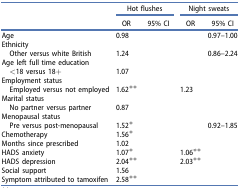
<table><thead><tr><td>[EMPTY_CELL]</td><td colspan="2"><b>Hot flushes</b></td><td colspan="2"><b>Night sweats</b></td></tr><tr><td>[EMPTY_CELL]</td><td><b>OR</b></td><td><b>95% CI</b></td><td><b>OR</b></td><td><b>95% CI</b></td></tr></thead><tbody><tr><td>Age</td><td>0.98</td><td>[EMPTY_CELL]</td><td>[EMPTY_CELL]</td><td>0.97–1.00</td></tr><tr><td>Ethnicity</td><td>[EMPTY_CELL]</td><td>[EMPTY_CELL]</td><td>[EMPTY_CELL]</td><td>[EMPTY_CELL]</td></tr><tr><td> Other versus white British</td><td>1.24</td><td>[EMPTY_CELL]</td><td>[EMPTY_CELL]</td><td>0.86–2.24</td></tr><tr><td>Age left full time education</td><td>[EMPTY_CELL]</td><td>[EMPTY_CELL]</td><td>[EMPTY_CELL]</td><td>[EMPTY_CELL]</td></tr><tr><td> &lt;18 versus 18+</td><td>1.07</td><td>[EMPTY_CELL]</td><td>[EMPTY_CELL]</td><td>[EMPTY_CELL]</td></tr><tr><td>Employment status</td><td>[EMPTY_CELL]</td><td>[EMPTY_CELL]</td><td>[EMPTY_CELL]</td><td>[EMPTY_CELL]</td></tr><tr><td> Employed versus not employed</td><td>1.62**</td><td>[EMPTY_CELL]</td><td>1.23</td><td>[EMPTY_CELL]</td></tr><tr><td>Marital status</td><td>[EMPTY_CELL]</td><td>[EMPTY_CELL]</td><td>[EMPTY_CELL]</td><td>[EMPTY_CELL]</td></tr><tr><td> No partner versus partner</td><td>0.87</td><td>[EMPTY_CELL]</td><td>[EMPTY_CELL]</td><td>[EMPTY_CELL]</td></tr><tr><td>Menopausal status</td><td>[EMPTY_CELL]</td><td>[EMPTY_CELL]</td><td>[EMPTY_CELL]</td><td>[EMPTY_CELL]</td></tr><tr><td> Pre versus post-menopausal</td><td>1.52*</td><td>[EMPTY_CELL]</td><td>[EMPTY_CELL]</td><td>0.92–1.85</td></tr><tr><td>Chemotherapy</td><td>1.56*</td><td>[EMPTY_CELL]</td><td>[EMPTY_CELL]</td><td>[EMPTY_CELL]</td></tr><tr><td>Months since prescribed</td><td>1.02</td><td>[EMPTY_CELL]</td><td>[EMPTY_CELL]</td><td>[EMPTY_CELL]</td></tr><tr><td>HADS anxiety</td><td>1.07*</td><td>[EMPTY_CELL]</td><td>1.06**</td><td>[EMPTY_CELL]</td></tr><tr><td>HADS depression</td><td>2.04**</td><td>[EMPTY_CELL]</td><td>2.03**</td><td>[EMPTY_CELL]</td></tr><tr><td>Social support</td><td>1.56</td><td>[EMPTY_CELL]</td><td>[EMPTY_CELL]</td><td>[EMPTY_CELL]</td></tr><tr><td>Symptom attributed to tamoxifen</td><td>2.58**</td><td>[EMPTY_CELL]</td><td>[EMPTY_CELL]</td><td>[EMPTY_CELL]</td></tr></tbody></table>